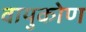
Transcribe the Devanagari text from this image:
वायुकोण